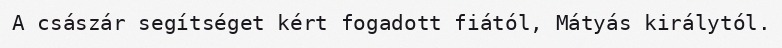
A császár segítséget kért fogadott fiától, Mátyás királytól.